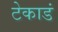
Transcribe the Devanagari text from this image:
टेकाडं